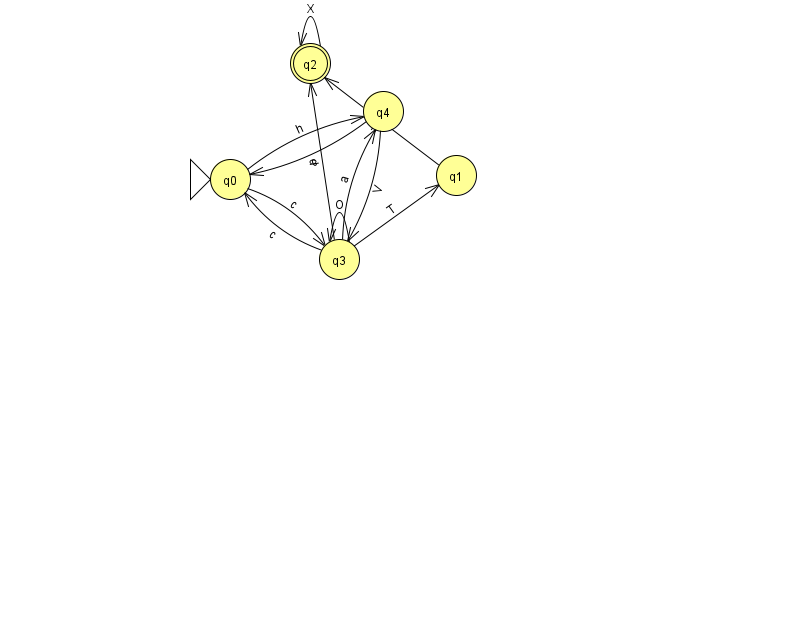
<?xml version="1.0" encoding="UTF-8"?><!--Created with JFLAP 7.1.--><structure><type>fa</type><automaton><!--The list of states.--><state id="0" name="q0"><x>230.0</x><y>166.0</y><initial/></state><state id="1" name="q1"><x>456.0</x><y>162.0</y></state><state id="2" name="q2"><x>310.0</x><y>50.0</y><final/></state><state id="3" name="q3"><x>339.0</x><y>246.0</y></state><state id="4" name="q4"><x>383.0</x><y>98.0</y></state><!--The list of transitions.--><transition><from>1</from><to>2</to><read>n</read></transition><transition><from>4</from><to>0</to><read>c</read></transition><transition><from>3</from><to>1</to><read>T</read></transition><transition><from>2</from><to>2</to><read>X</read></transition><transition><from>4</from><to>3</to><read>V</read></transition><transition><from>3</from><to>2</to><read>d</read></transition><transition><from>0</from><to>3</to><read>c</read></transition><transition><from>3</from><to>0</to><read>c</read></transition><transition><from>0</from><to>4</to><read>h</read></transition><transition><from>3</from><to>3</to><read>O</read></transition><transition><from>3</from><to>4</to><read>a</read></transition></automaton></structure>